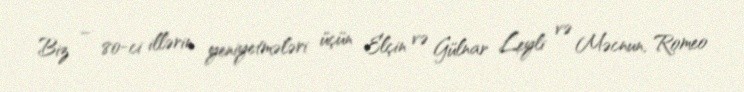
Biz – 80-ci illərin yeniyetmələri üçün Elçin və Gülnar Leyli və Məcnun, Romeo